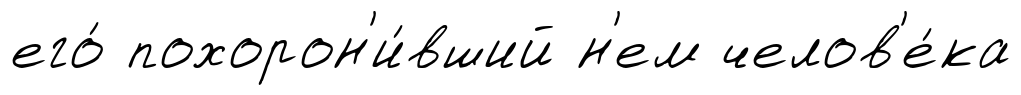
его́ похорон'и́вший н'ем челов'е́ка